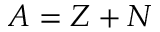
A = Z + N